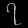
Digit: ၇